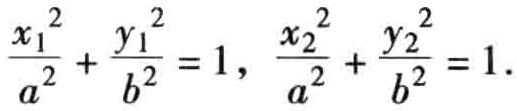
$\frac{x_{1}^{2}}{a^{2}}+\frac{y_{1}^{2}}{b^{2}}=1,\ \frac{x_{2}^{2}}{a^{2}}+\frac{y_{2}^{2}}{b^{2}}=1.$